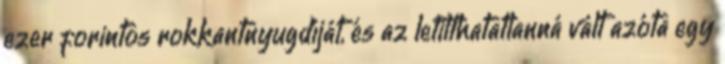
ezer forintos rokkantnyugdíját, és az letilthatatlanná vált azóta egy